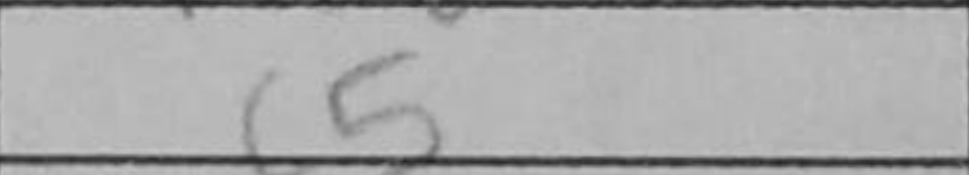
Transcription: c5